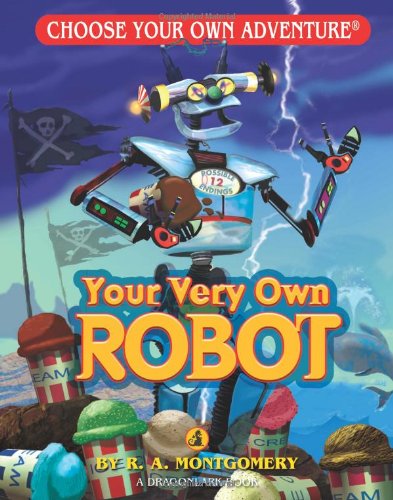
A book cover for Your Very Own Robot (Choose Your Own Adventure - Dragonlark); R. A. Montgomery; Science & Math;